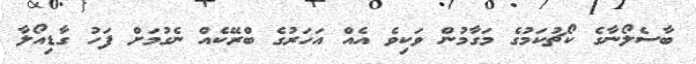
ބާސެލޯނާގެ ކޯޗުކަމުގެ މަގާމުން ވަކިވެ އެއް އަހަރުގެ ބްރޭކެއް ނެގުމަށް ފަހު ގާޑިއޯލާ